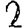
Digit: 2